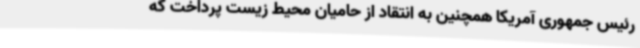
رئیس جمهوری آمریکا همچنین به انتقاد از حامیان محیط زیست پرداخت که